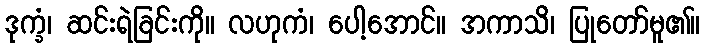
ဒုက္ခံ၊ ဆင်းရဲခြင်းကို။ လဟုကံ၊ ပေါ့အောင်။ အကာသိ၊ ပြုတော်မူ၏။